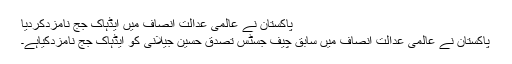
پاکستان نے عالمی عدالت انصاف میں ایڈہاک جج نامزدکردیا
پاکستان نے عالمی عدالت انصاف میں سابق چیف جسٹس تصدق حسین جیلانی کو ایڈہاک جج نامزدکیاہے۔